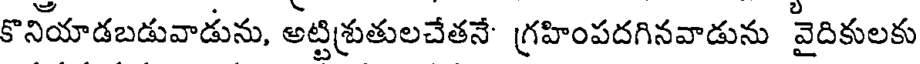
కొనియాడబడువాడును, అట్టిశ్రుతులచేతనే- గ్రహింపదగినవాడును వైదికులకు